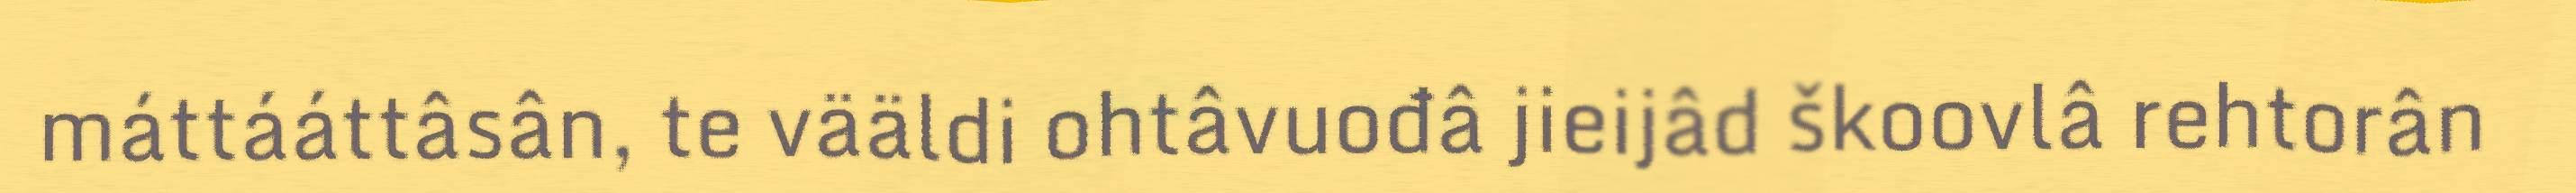
máttááttâsân, te vääldi ohtâvuođâ jieijâd škoovlâ rehtorân